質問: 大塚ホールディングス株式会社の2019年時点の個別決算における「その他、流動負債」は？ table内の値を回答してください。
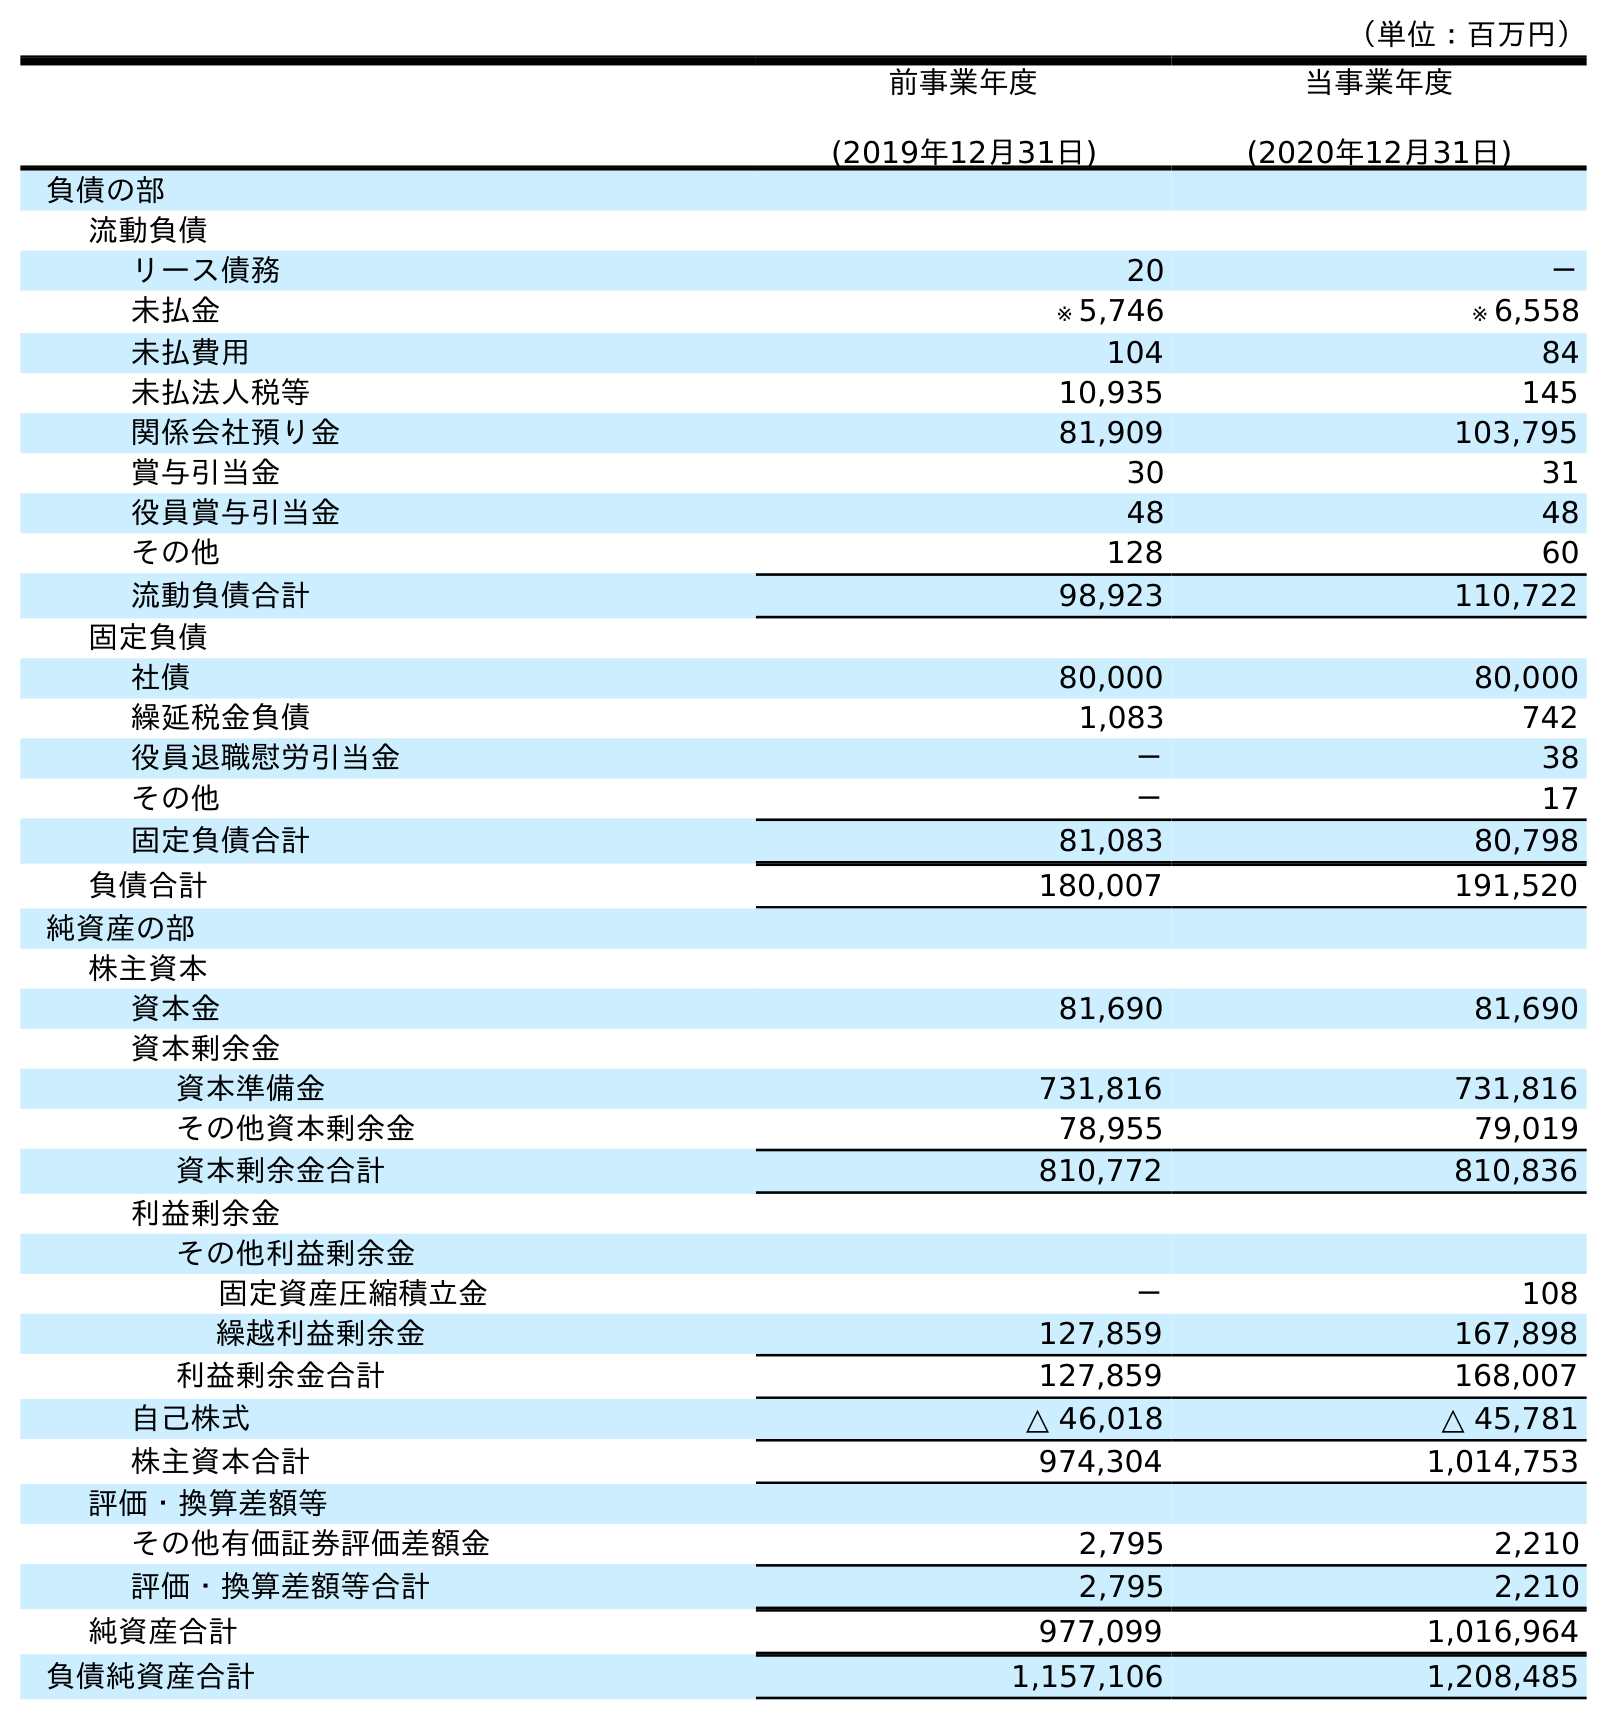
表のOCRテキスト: （単位：百万円） 前事業年度 (2019年12月31日) 当事業年度 (2020年12月31日) 負債の部 流動負債 リース債務 20 － 未払金 ※ 5,746 ※ 6,558 未払費用 104 84 未払法人税等 10,935 145 関係会社預り金 81,909 103,795 賞与引当金 30 31 役員賞与引当金 48 48 その他 128 60 流動負債合計 98,923 110,722 固定負債 社債 80,000 80,000 繰延税金負債 1,083 742 役員退職慰労引当金 － 38 その他 － 17 固定負債合計 81,083 80,798 負債合計 180,007 191,520 純資産の部 株主資本 資本金 81,690 81,690 資本剰余金 資本準備金 731,816 731,816 その他資本剰余金 78,955 79,019 資本剰余金合計 810,772 810,836 利益剰余金 その他利益剰余金 固定資産圧縮積立金 － 108 繰越利益剰余金 127,859 167,898 利益剰余金合計 127,859 168,007 自己株式 △ 46,018 △ 45,781 株主資本合計 974,304 1,014,753 評価・換算差額等 その他有価証券評価差額金 2,795 2,210 評価・換算差額等合計 2,795 2,210 純資産合計 977,099 1,016,964 負債純資産合計 1,157,106 1,208,485
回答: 128